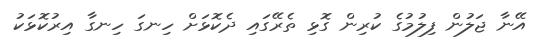
އޭނާ ޖަލުން ފިލުމުގެ ކުރިން ގޮޅި ތެރޭގައި ދެކޮޅަށް ހިނގަ ހިނގާ އިރުކޮޅަކު